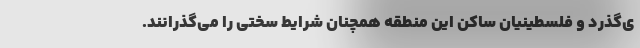
ی‌گذرد و فلسطینیان ساکن این منطقه همچنان شرایط سختی را می‌گذرانند.